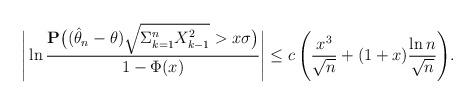
LaTeX: \begin{align*} \Bigg| \ln \frac{\mathbf{P} \big( (\hat{\theta}_n -\theta )\sqrt{ \Sigma_{k=1}^n X_{k-1}^2} > x \sigma \big)}{1- \Phi(x)} \Bigg|\leq c \, \Bigg( \frac{x^3 }{\sqrt{n} } + (1+x) \frac{ \ln n }{\sqrt{n} } \Bigg).\end{align*}